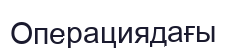
Операциядағы